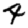
Digit: 4